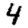
Digit: 4